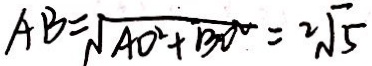
A B = \sqrt { A O ^ { 2 } + B O ^ { 2 } } = 2 \sqrt { 5 }